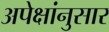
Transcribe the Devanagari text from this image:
अपेक्षांनुसार